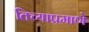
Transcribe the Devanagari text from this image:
तिच्याप्रमाणे